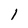
Character: 1